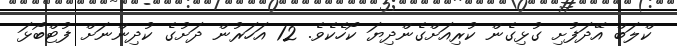
ކްލަބް އޭދަފުށި ގުޅިގެން ކުރިއަށްގެންދިޔަ ކޯހެކެވެ. 12 އަހަރުން ދަށުގެ ކުދިންނަށް ފުޓްބޯޅަ